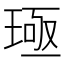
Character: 𬍪